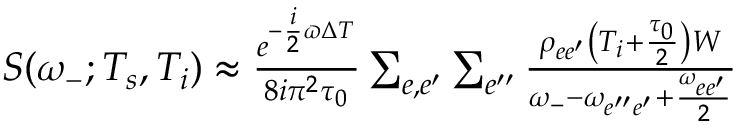
\begin{array} { r } { { \cal S } ( \omega _ { - } ; T _ { s } , T _ { i } ) \approx \frac { e ^ { - \frac { i } { 2 } \varpi \Delta T } } { 8 i \pi ^ { 2 } \tau _ { 0 } } \sum _ { e , e ^ { \prime } } \sum _ { e ^ { \prime \prime } } \frac { \rho _ { e e ^ { \prime } } \left( T _ { i } + \frac { \tau _ { 0 } } { 2 } \right) W } { \omega _ { - } - \omega _ { e ^ { \prime \prime } e ^ { \prime } } + \frac { \omega _ { e e ^ { \prime } } } { 2 } } } \end{array}